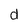
Character: d